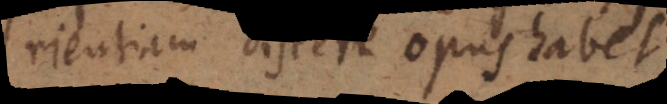
rientiam discere opus habet